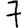
Digit: 7